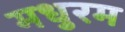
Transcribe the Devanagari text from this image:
मधुरम